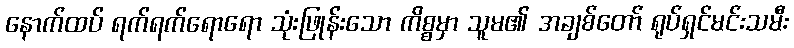
နောက်ထပ် ရက်ရက်ရောရော သုံးဖြုန်းသော ကိစ္စမှာ သူမ၏ အချစ်တော် ရုပ်ရှင်မင်းသမီး